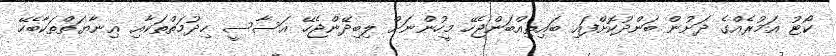
ކޯޓު އަމުރެއްގެ ދަށުން ބަންދުކޮށްފައި ބައިތިއްބަންޖެހޭ މީހުންނަށް ލިބިދޭންޖެހޭ އަސާސީ ޚިދުމަތްތަކާއި ޢިނާޔަތްތަކާބެހޭ